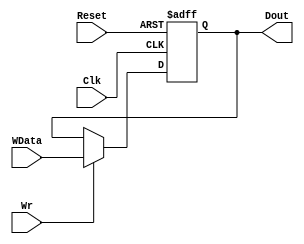
module Register(Clk,Reset,WData,Wr,Dout);
   parameter N = 32;
   input Clk,Reset,Wr;
   input[N-1:0] WData;
   output[N -1:0] Dout;
   reg[N-1:0] Dout;
   
   always @(posedge Clk  or posedge Reset)
    if (Reset)
        Dout<=32'h0000_0000;
    else
       if (Wr) Dout<=WData; 
endmodule